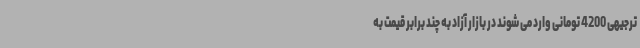
ترجیهی 4200 تومانی وارد می شوند در بازار آزاد به چند برابر قیمت به